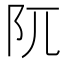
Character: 阢